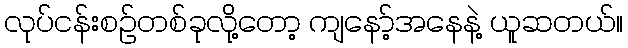
လုပ်ငန်းစဉ်တစ်ခုလို့တော့ ကျနော့်အနေနဲ့ ယူဆတယ်။